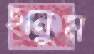
হানুম